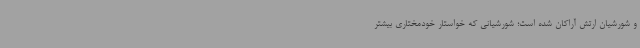
و شورشیان ارتش آراکان شده است؛ شورشیانی که خواستار خودمختاری بیشتر